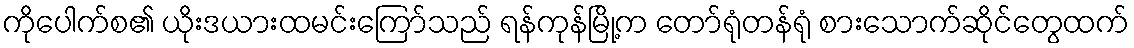
ကိုပေါက်စ၏ ယိုးဒယားထမင်းကြော်သည် ရန်ကုန်မြို့က တော်ရုံတန်ရုံ စားသောက်ဆိုင်တွေထက်